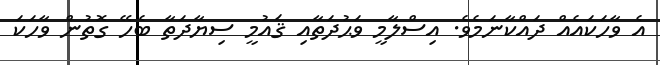
އެ ވާހަކައެއް ދައްކާނަމެވެ. އިސްލާމީ ވަޙުދަތާއި ޤައުމީ ސިޔާދަތާ ބެހޭ ގޮތުން ވާހަކަ